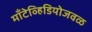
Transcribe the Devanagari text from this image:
माँटेव्हिडियोजवळ